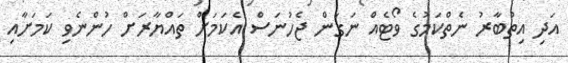
އަދި އިތުބާރު ނެތްކަމުގެ ވޯޓެއް ނަގަން ޖެހުނަސް އެކަމަށް ތައްޔާރަށް ހުންނެވި ކަމަށާއި